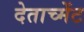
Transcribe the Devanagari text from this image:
देताच्मेंट